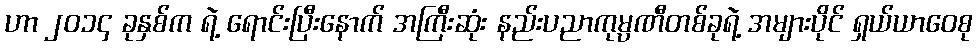
ဟာ ၂၀၁၄ ခုနှစ်က ရဲ့ ရောင်းပြီးနောက် အကြီးဆုံး နည်းပညာကုမ္ပဏီတစ်ခုရဲ့ အများပိုင် ရှယ်ယာဝေစု